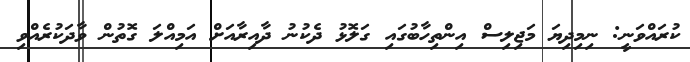
ކުރައްވަނީ: ނިމިދިޔަ މަޖިލިސް އިންތިހާބުގައި ގަލޮޅު ދެކުނު ދާއިރާއަށް އަމިއްލަ ގޮތުން ވާދަކުރެއްވި